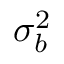
\sigma _ { b } ^ { 2 }